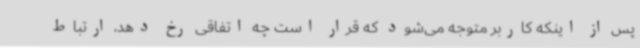
پس از اینکه کاربر متوجه می‌شود که قرار است چه اتفاقی رخ دهد، ارتباط